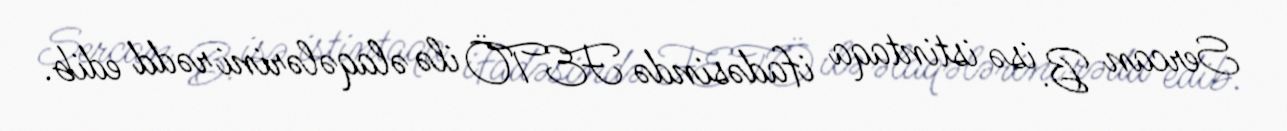
Sercan B. isə istintaqa ifadəsində FETÖ ilə əlaqələrini rədd edib.